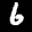
Label: 6